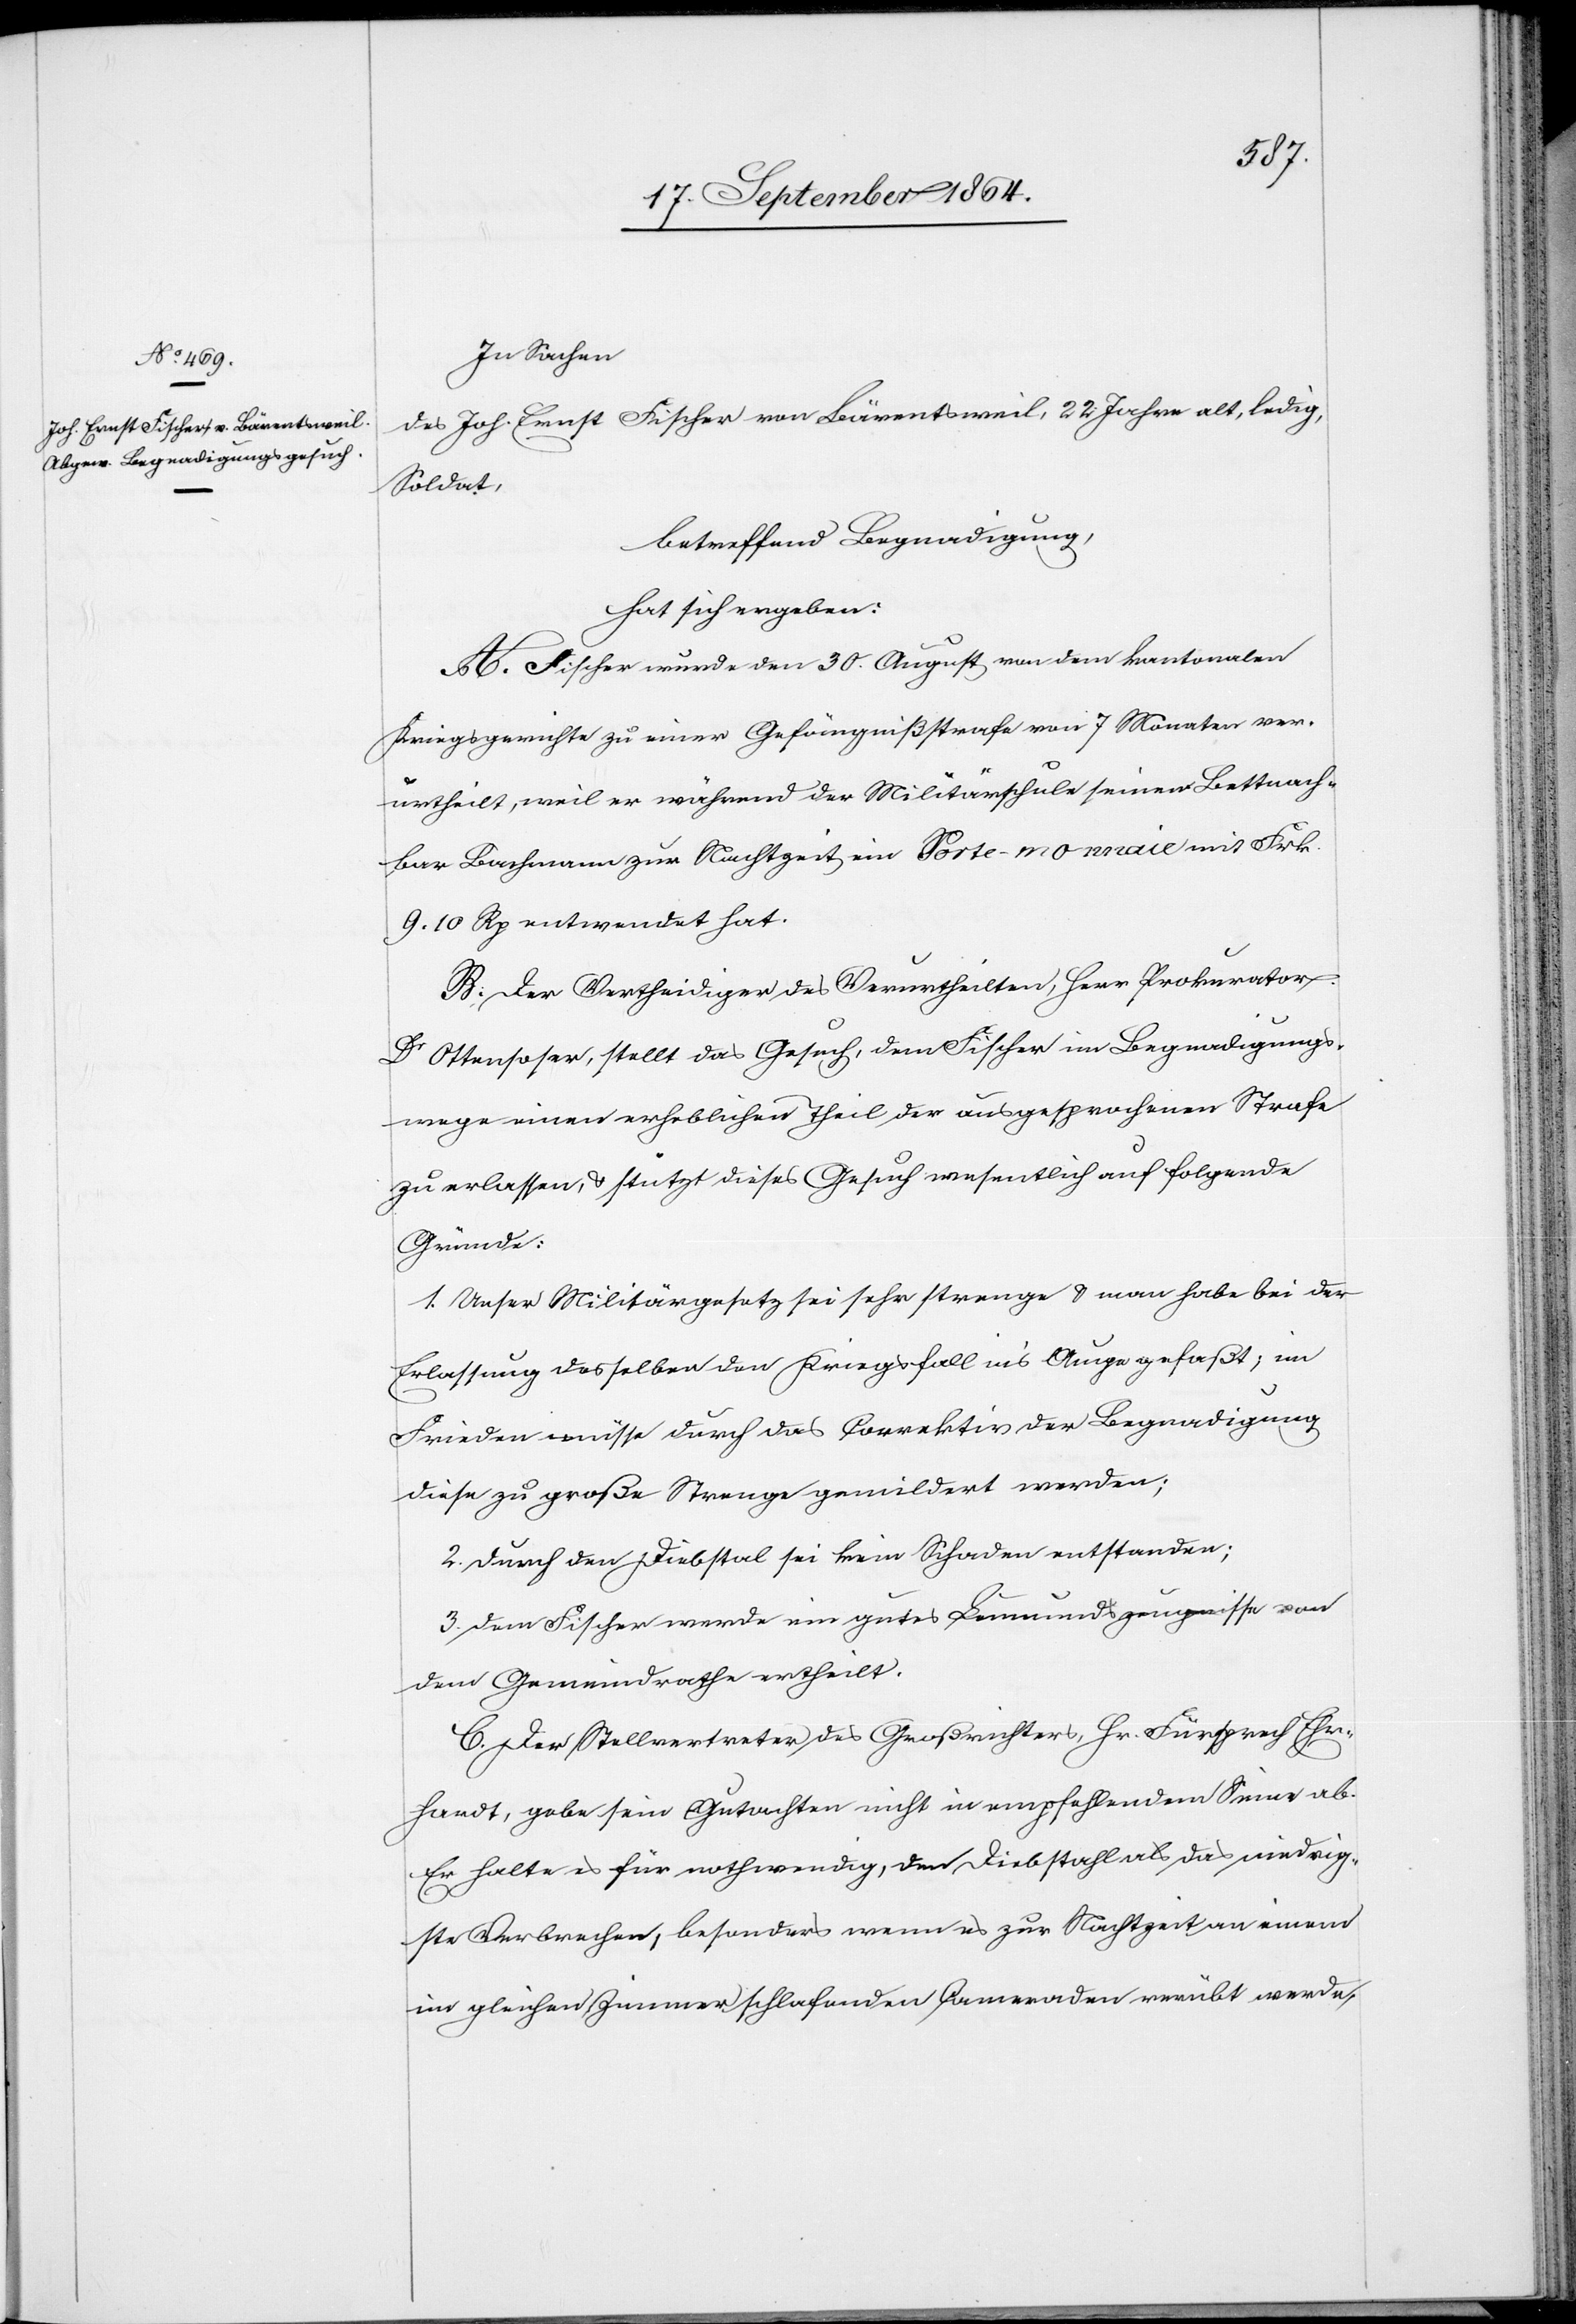
In Sachen
des Joh. Ernst Fischer von Bärentsweil, 22 Jahre alt, ledig,
Soldat,
betreffend Begnadigung,
hat sich ergeben:
A. Fischer wurde den 30. August von dem kantonalen
Kreisgerichte zu einer Gefängnißstrafe von 7 Monaten ver¬
urtheilt, weil er während der Militärschule seinem Bettnach¬
bar Bachmann zur Nachtzeit ein Portemonnaie mit Frk.
9.10 Rp. entwendet hat.
B. Der Vertheidiger des Verurtheilten, Herr Prokurator
Dr Ottensoser, stellt das Gesuch, dem Fischer im Begnadigungs¬
wege einen erheblichen Theil der ausgesprochenen Strafe
zu erlassen, & stützt dieses Gesuch wesentlich auf folgende
Gründe:
1. Unser Militärgesetz sei sehr strenge & man habe bei der
Erlassung desselben den Kriegsfall in’s Auge gefaßt; im
Frieden müsse durch das Correktiv der Begnadigung
diese zu große Strenge gemildert werden;
2. durch den Diebstahl sei kein Schaden entstanden;
3. dem Fischer werde ein gutes Leumundszeugnisse von
dem Gemeindrath ertheilt.
C. Der Stellvertreter des Großrichters, Hr. Fürsprech Ehr¬
hardt, gebe sein Gutachten nicht in empfehlendem Sinne ab.
Er halte es für nothwendig, den Diebstahl als das niedrig¬
ste Verbrechen, besonders wenn es zur Nachtzeit an einem
im gleichen Zimmer schlafenden Cameraden verübt werde,